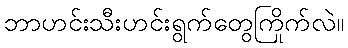
ဘာဟင်းသီးဟင်းရွက်တွေကြိုက်လဲ။